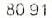
80.91